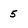
Character: 5